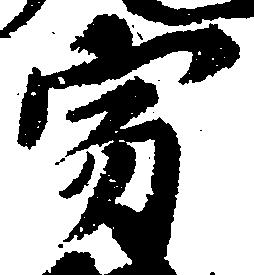
寂